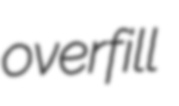
overfill